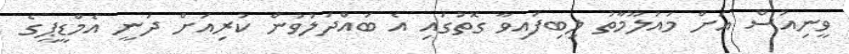
ވީނިއުސް އަށް މައުލޫމާތު ލިބިފައިވާ ގޮތުގައި އެ ބައްދަލުވުން ކުރިއަށް ދަނީ އެމްޑީޕީގެ